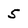
Character: 5